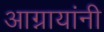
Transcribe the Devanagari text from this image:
आग्नायांनी